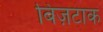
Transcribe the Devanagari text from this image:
बिज़टाक